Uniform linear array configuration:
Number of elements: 32
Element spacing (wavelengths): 0.25
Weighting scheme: kaiser
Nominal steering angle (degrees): -60
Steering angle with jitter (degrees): -58.99
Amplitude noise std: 0.05
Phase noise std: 0.05

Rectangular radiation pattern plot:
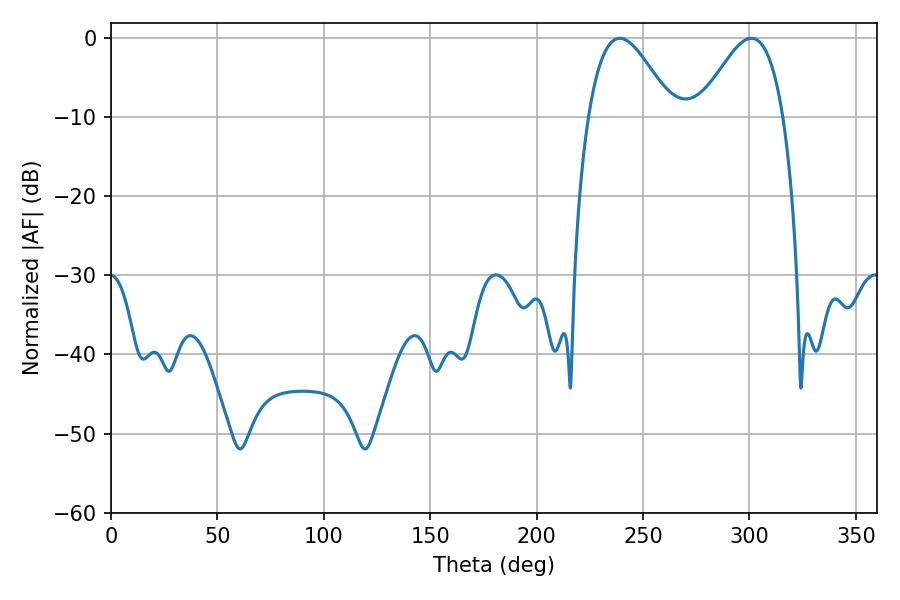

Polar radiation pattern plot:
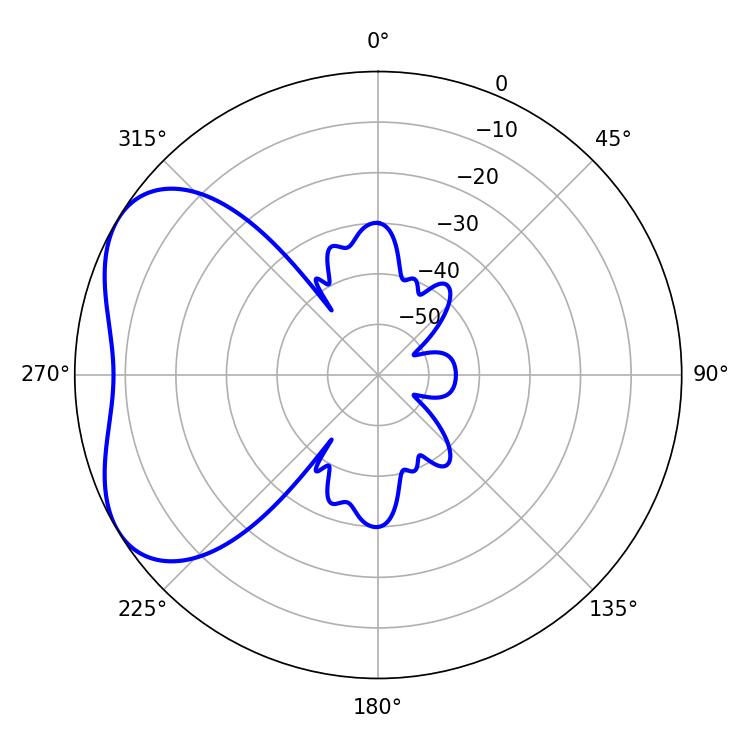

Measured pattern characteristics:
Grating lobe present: FALSE
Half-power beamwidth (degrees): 21.24
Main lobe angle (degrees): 239.04